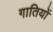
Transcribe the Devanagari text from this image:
गातियों